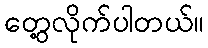
တွေ့လိုက်ပါတယ်။